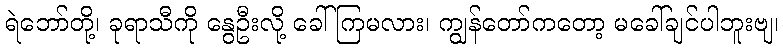
ရဲဘော်တို့၊ ခုရာသီကို နွေဦးလို့ ခေါ်ကြမလား၊ ကျွန်တော်ကတော့ မခေါ်ချင်ပါဘူးဗျ၊